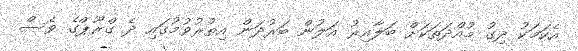
އެކަމަކު ދިގު މުއްދަތަކަށް ބަލާއިރު އަލުން ބަރުދަން އިތުރުވުމުގައި ދެ ގްރޫޕްގެ ވެސް